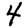
Digit: 4